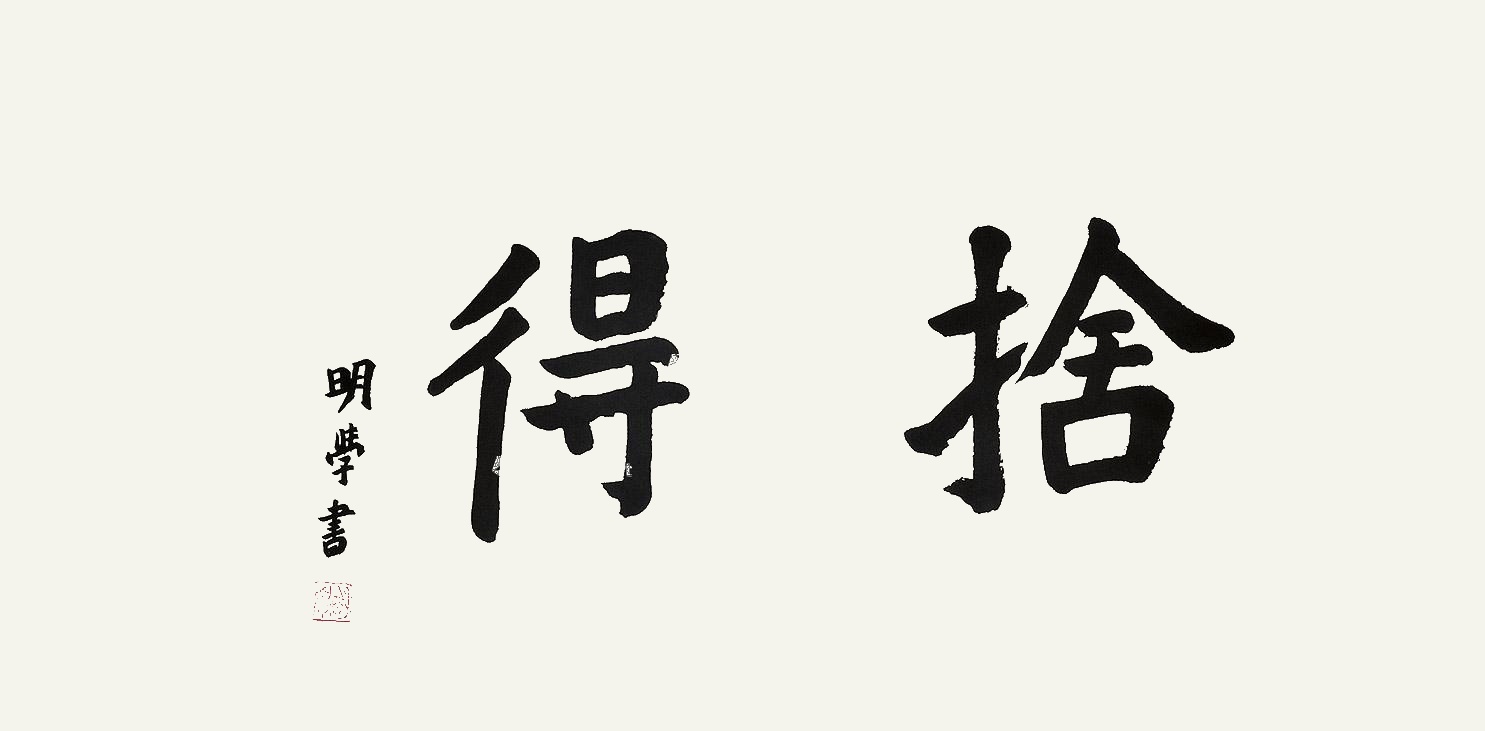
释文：舍得明学。